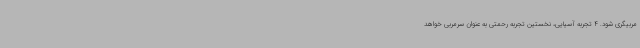
مربیگری شود. 4 تجربه آسیایی، نخستین تجربه رحمتی به عنوان سرمربی خواهد